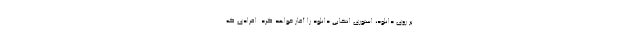
بر روی دانلود، استوری انتخابی دانلود را آغاز خواهد کرد. افرادی که